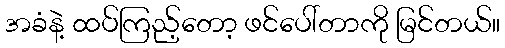
အခံနဲ့ ထပ်ကြည့်တော့ ဖင်ပေါ်တာကို မြင်တယ်။